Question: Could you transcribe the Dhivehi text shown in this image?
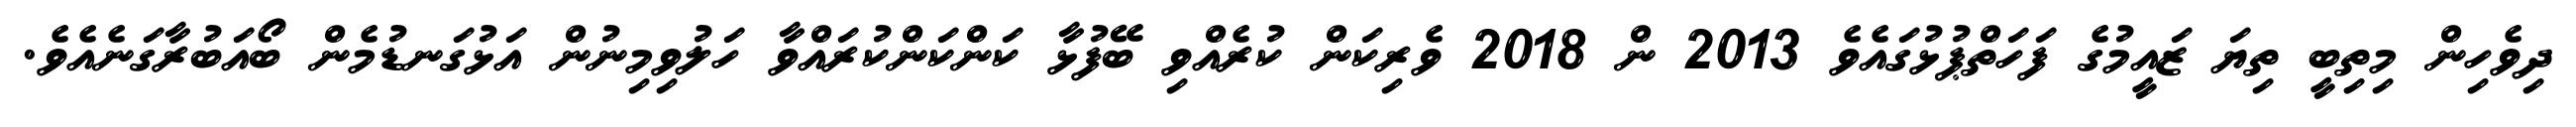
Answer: ދިވެހިން މިތިބީ ތިޔަ ޒައީމުގެ ފަހަތްޕުޅުގައެވެ 2013 ން 2018 ވެރިކަން ކުރެއްވި ބޭފުޅާ ކަންކަންކުރައްވާ ހަލުވިމިނުން އަޅުގަނޑުމެން ބޯއަބުރާގަނެއެވެ.